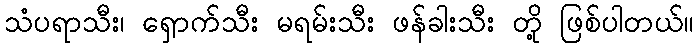
သံပရာသီး၊ ရှောက်သီး မရမ်းသီး ဖန်ခါးသီး တို့ ဖြစ်ပါတယ်။